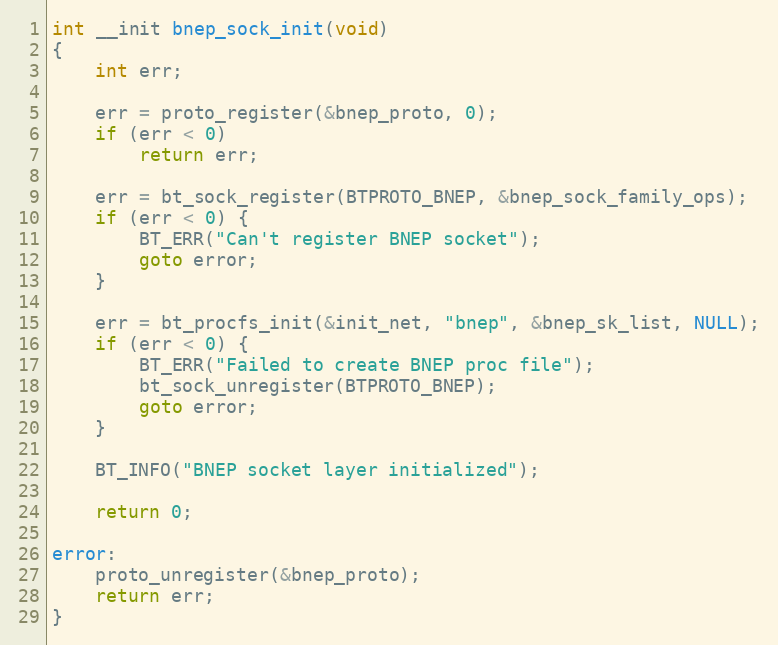
Language: C
int __init bnep_sock_init(void)
{
	int err;

	err = proto_register(&bnep_proto, 0);
	if (err < 0)
		return err;

	err = bt_sock_register(BTPROTO_BNEP, &bnep_sock_family_ops);
	if (err < 0) {
		BT_ERR("Can't register BNEP socket");
		goto error;
	}

	err = bt_procfs_init(&init_net, "bnep", &bnep_sk_list, NULL);
	if (err < 0) {
		BT_ERR("Failed to create BNEP proc file");
		bt_sock_unregister(BTPROTO_BNEP);
		goto error;
	}

	BT_INFO("BNEP socket layer initialized");

	return 0;

error:
	proto_unregister(&bnep_proto);
	return err;
}